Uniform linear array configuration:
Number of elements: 24
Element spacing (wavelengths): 0.75
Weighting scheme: kaiser
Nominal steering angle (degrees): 15
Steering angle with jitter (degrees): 16.624
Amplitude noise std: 0.05
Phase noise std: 0.05

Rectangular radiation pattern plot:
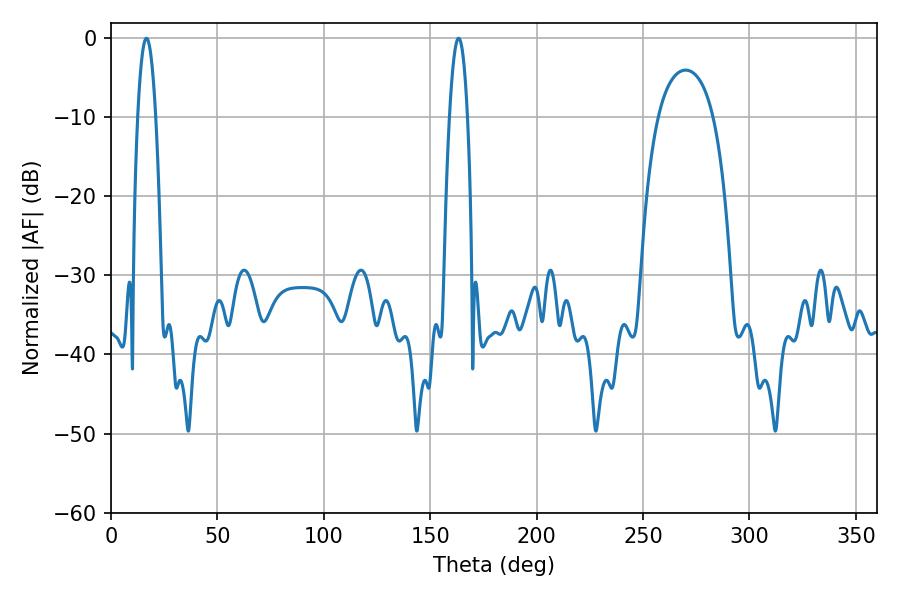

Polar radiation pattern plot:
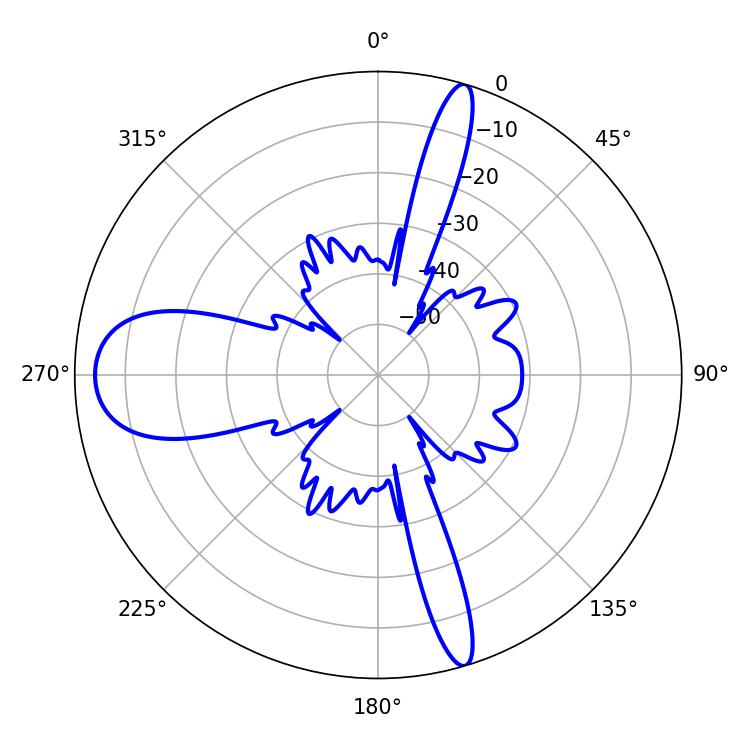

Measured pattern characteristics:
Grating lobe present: TRUE
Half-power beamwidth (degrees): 4.68
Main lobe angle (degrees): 16.74